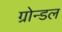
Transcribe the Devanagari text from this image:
ग्रोन्डल